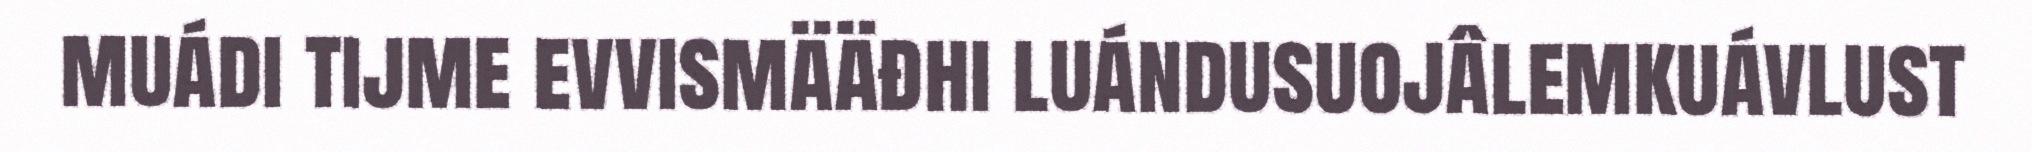
muádi tijme evvismääđhi luándusuojâlemkuávlust